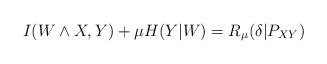
LaTeX: \begin{align*}I(W \wedge X,Y) + \mu H(Y|W) = R_\mu(\delta |P_{XY})\end{align*}